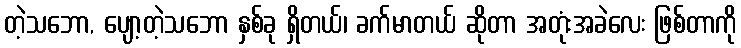
တဲ့သဘော, ပျော့တဲ့သဘော နှစ်ခု ရှိတယ်၊ ခက်မာတယ် ဆိုတာ အတုံးအခဲလေး ဖြစ်တာကို